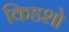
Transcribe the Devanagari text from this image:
किडशो